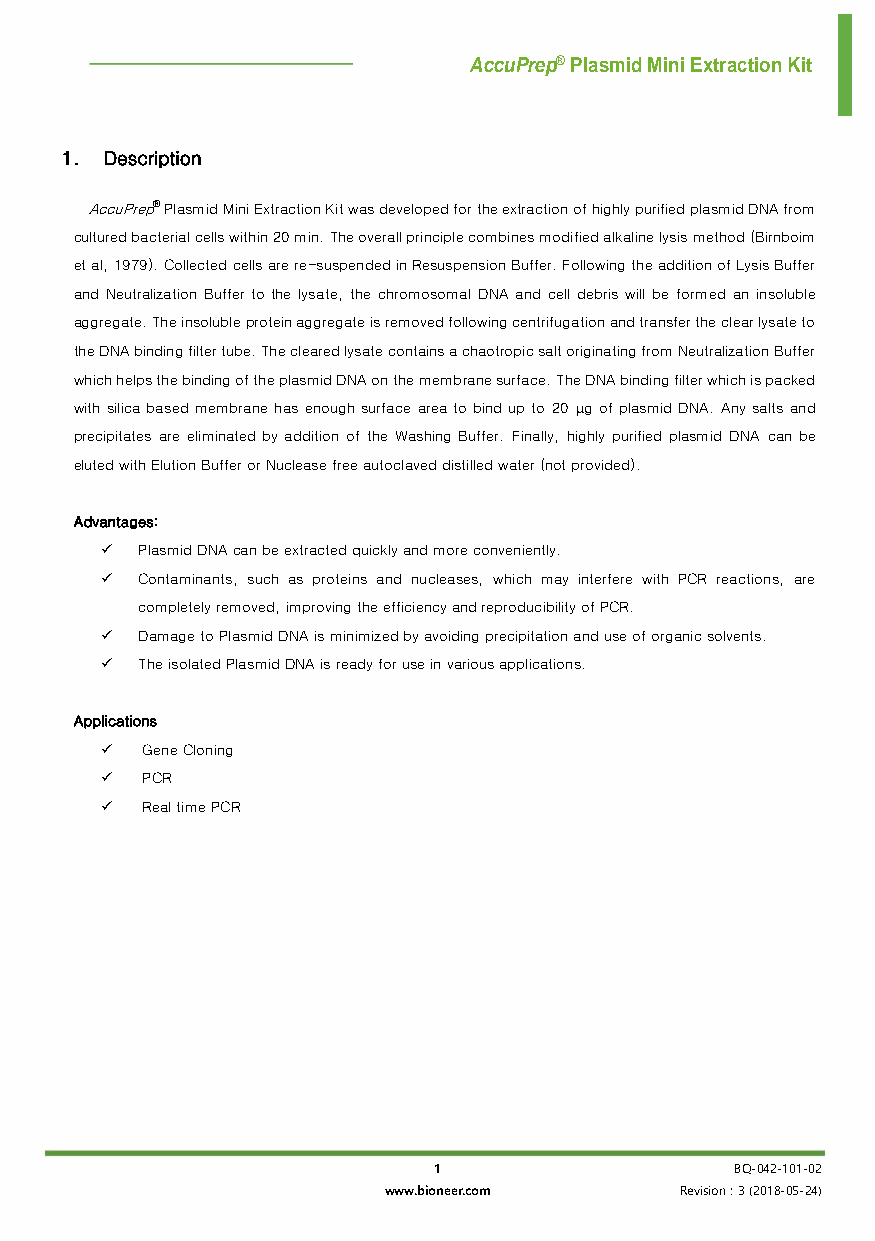
AccuPrep® Plasmid Mini Extraction Kit
 1. Description
 AccuPrep® Plasmid Mini Extraction Kit was developed for the extraction of highly purified plasmid DNA from
 cultured bacterial cells within 20 min. The overall principle combines modified alkaline lysis method (Birnboim
 et al, 1979). Collected cells are re-suspended in Resuspension Buffer. Following the addition of Lysis Buffer
 and Neutralization Buffer to the lysate, the chromosomal DNA and cell debris will be formed an insoluble
 aggregate. The insoluble protein aggregate is removed following centrifugation and transfer the clear lysate to
 the DNA binding filter tube. The cleared lysate contains a chaotropic salt originating from Neutralization Buffer
 which helps the binding of the plasmid DNA on the membrane surface. The DNA binding filter which is packed
 with silica based membrane has enough surface area to bind up to 20 g of plasmid DNA. Any salts and
 precipitates are eliminated by addition of the Washing Buffer. Finally, highly purified plasmid DNA can be
 eluted with Elution Buffer or Nuclease free autoclaved distilled water (not provided).
 Advantages:
 ✓ Plasmid DNA can be extracted quickly and more conveniently.
 ✓ Contaminants, such as proteins and nucleases, which may interfere with PCR reactions, are
 completely removed, improving the efficiency and reproducibility of PCR.
 ✓ Damage to Plasmid DNA is minimized by avoiding precipitation and use of organic solvents.
 ✓ The isolated Plasmid DNA is ready for use in various applications.
 Applications
 ✓ Gene Cloning
 ✓ PCR
 ✓ Real time PCR
 1                   BQ-042-101-02
 www.bioneer.com     Revision : 3 (2018-05-24)